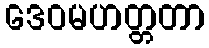
ဒေဝမဟတ္တတာ